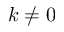
k \neq 0